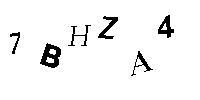
7BHZA4